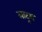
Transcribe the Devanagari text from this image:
लाटूश